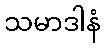
သမာဒါနံ